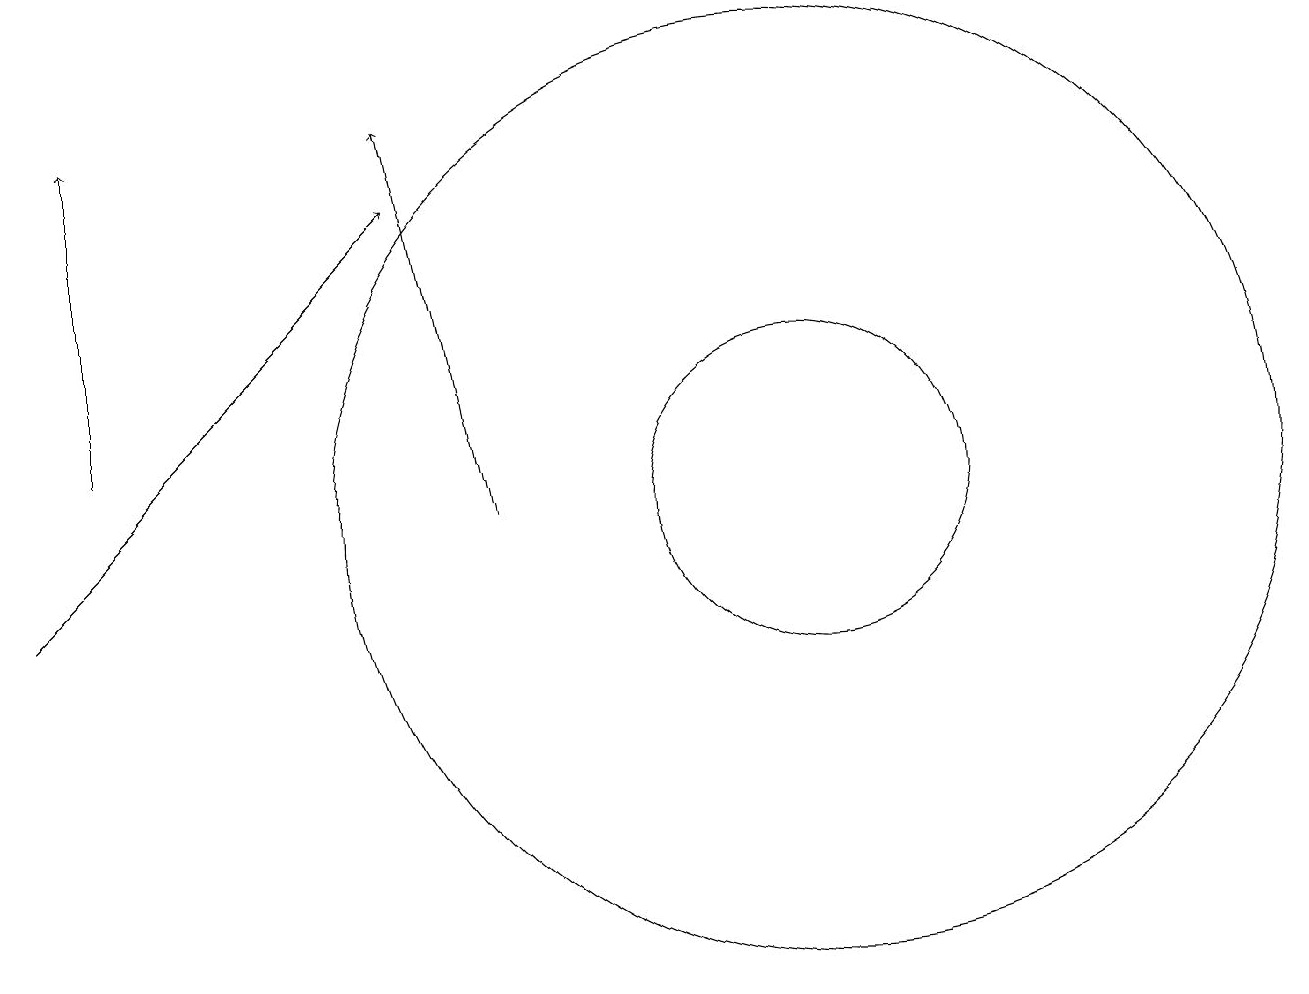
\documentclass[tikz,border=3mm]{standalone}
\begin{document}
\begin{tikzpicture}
\draw[->] (2,12) -- (2,16);
\draw (11,11) circle (2);
\draw[->] (7,11) -- (6,16);
\draw[->] (1,10) -- (6,15);
\draw (11,11) circle (6);
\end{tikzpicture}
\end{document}